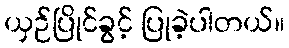
ယှဉ်ပြိုင်ခွင့် ပြုခဲ့ပါတယ်။